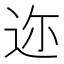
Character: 迩